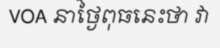
VOA នាថ្ងៃពុធនេះថា វា